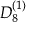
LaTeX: { D } _ { 8 } ^ { ( 1 ) }